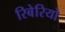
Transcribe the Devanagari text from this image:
रिबेरियो